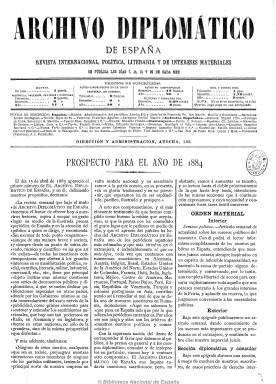
Título: Archivo diplomático de España
Colección: Relaciones internacionales
Ámbito geográfico: Madrid
Lugar de publicación: Madrid
Fechas: 07/01/1884-30/07/1885

Revista de carácter especializado, que había comenzado a publicarse el 15 de abril de 1883 con la cabecera Archivo diplomático-político español (véase este título en esta colección de la Biblioteca Nacional de España), al estilo de otros periódicos europeos del mismo carácter, como el francés Memorial diplomatique o el vienés Portefeuille.

Publicado su primer tomo anual, con este título se publica a partir del siete de enero de 1884, siguiendo la numeración de la anterior, subtitulada “revista internacional, política, literaria y de intereses materiales”, con lo que indica ya sus contenidos.

Estos están estructurados en secciones. Con el sumario tras la cabecera, comienza con sendas crónicas sobre la actualidad política, una española y otra exterior. Tiene una sección diplomática y consular y otra sobre personal de este cuerpo, dando cuenta de su movimiento y actividades, así como otra documental, relativa tanto a documentos diplomáticos, como históricos y comerciales. También ofrece documentación e información sobre derecho internacional, convenios y tratados internacionales, aduanas, etc. Además tiene secciones de literatura y bibliografía y, al final, anuncios comerciales.

Con este título sus entregas semanales (aparece los días 7, 14, 21 y 28 de cada mes) son de ocho páginas y compuesta a tres columnas, y acaban en su número 109, correspondiente al 30 de julio de 1885. A partir del 15 de agosto de este año sigue editándose modificando de nuevo su cabecera: Archivo diplomático y consular de España (véase también este título en esta colección de la BNE).